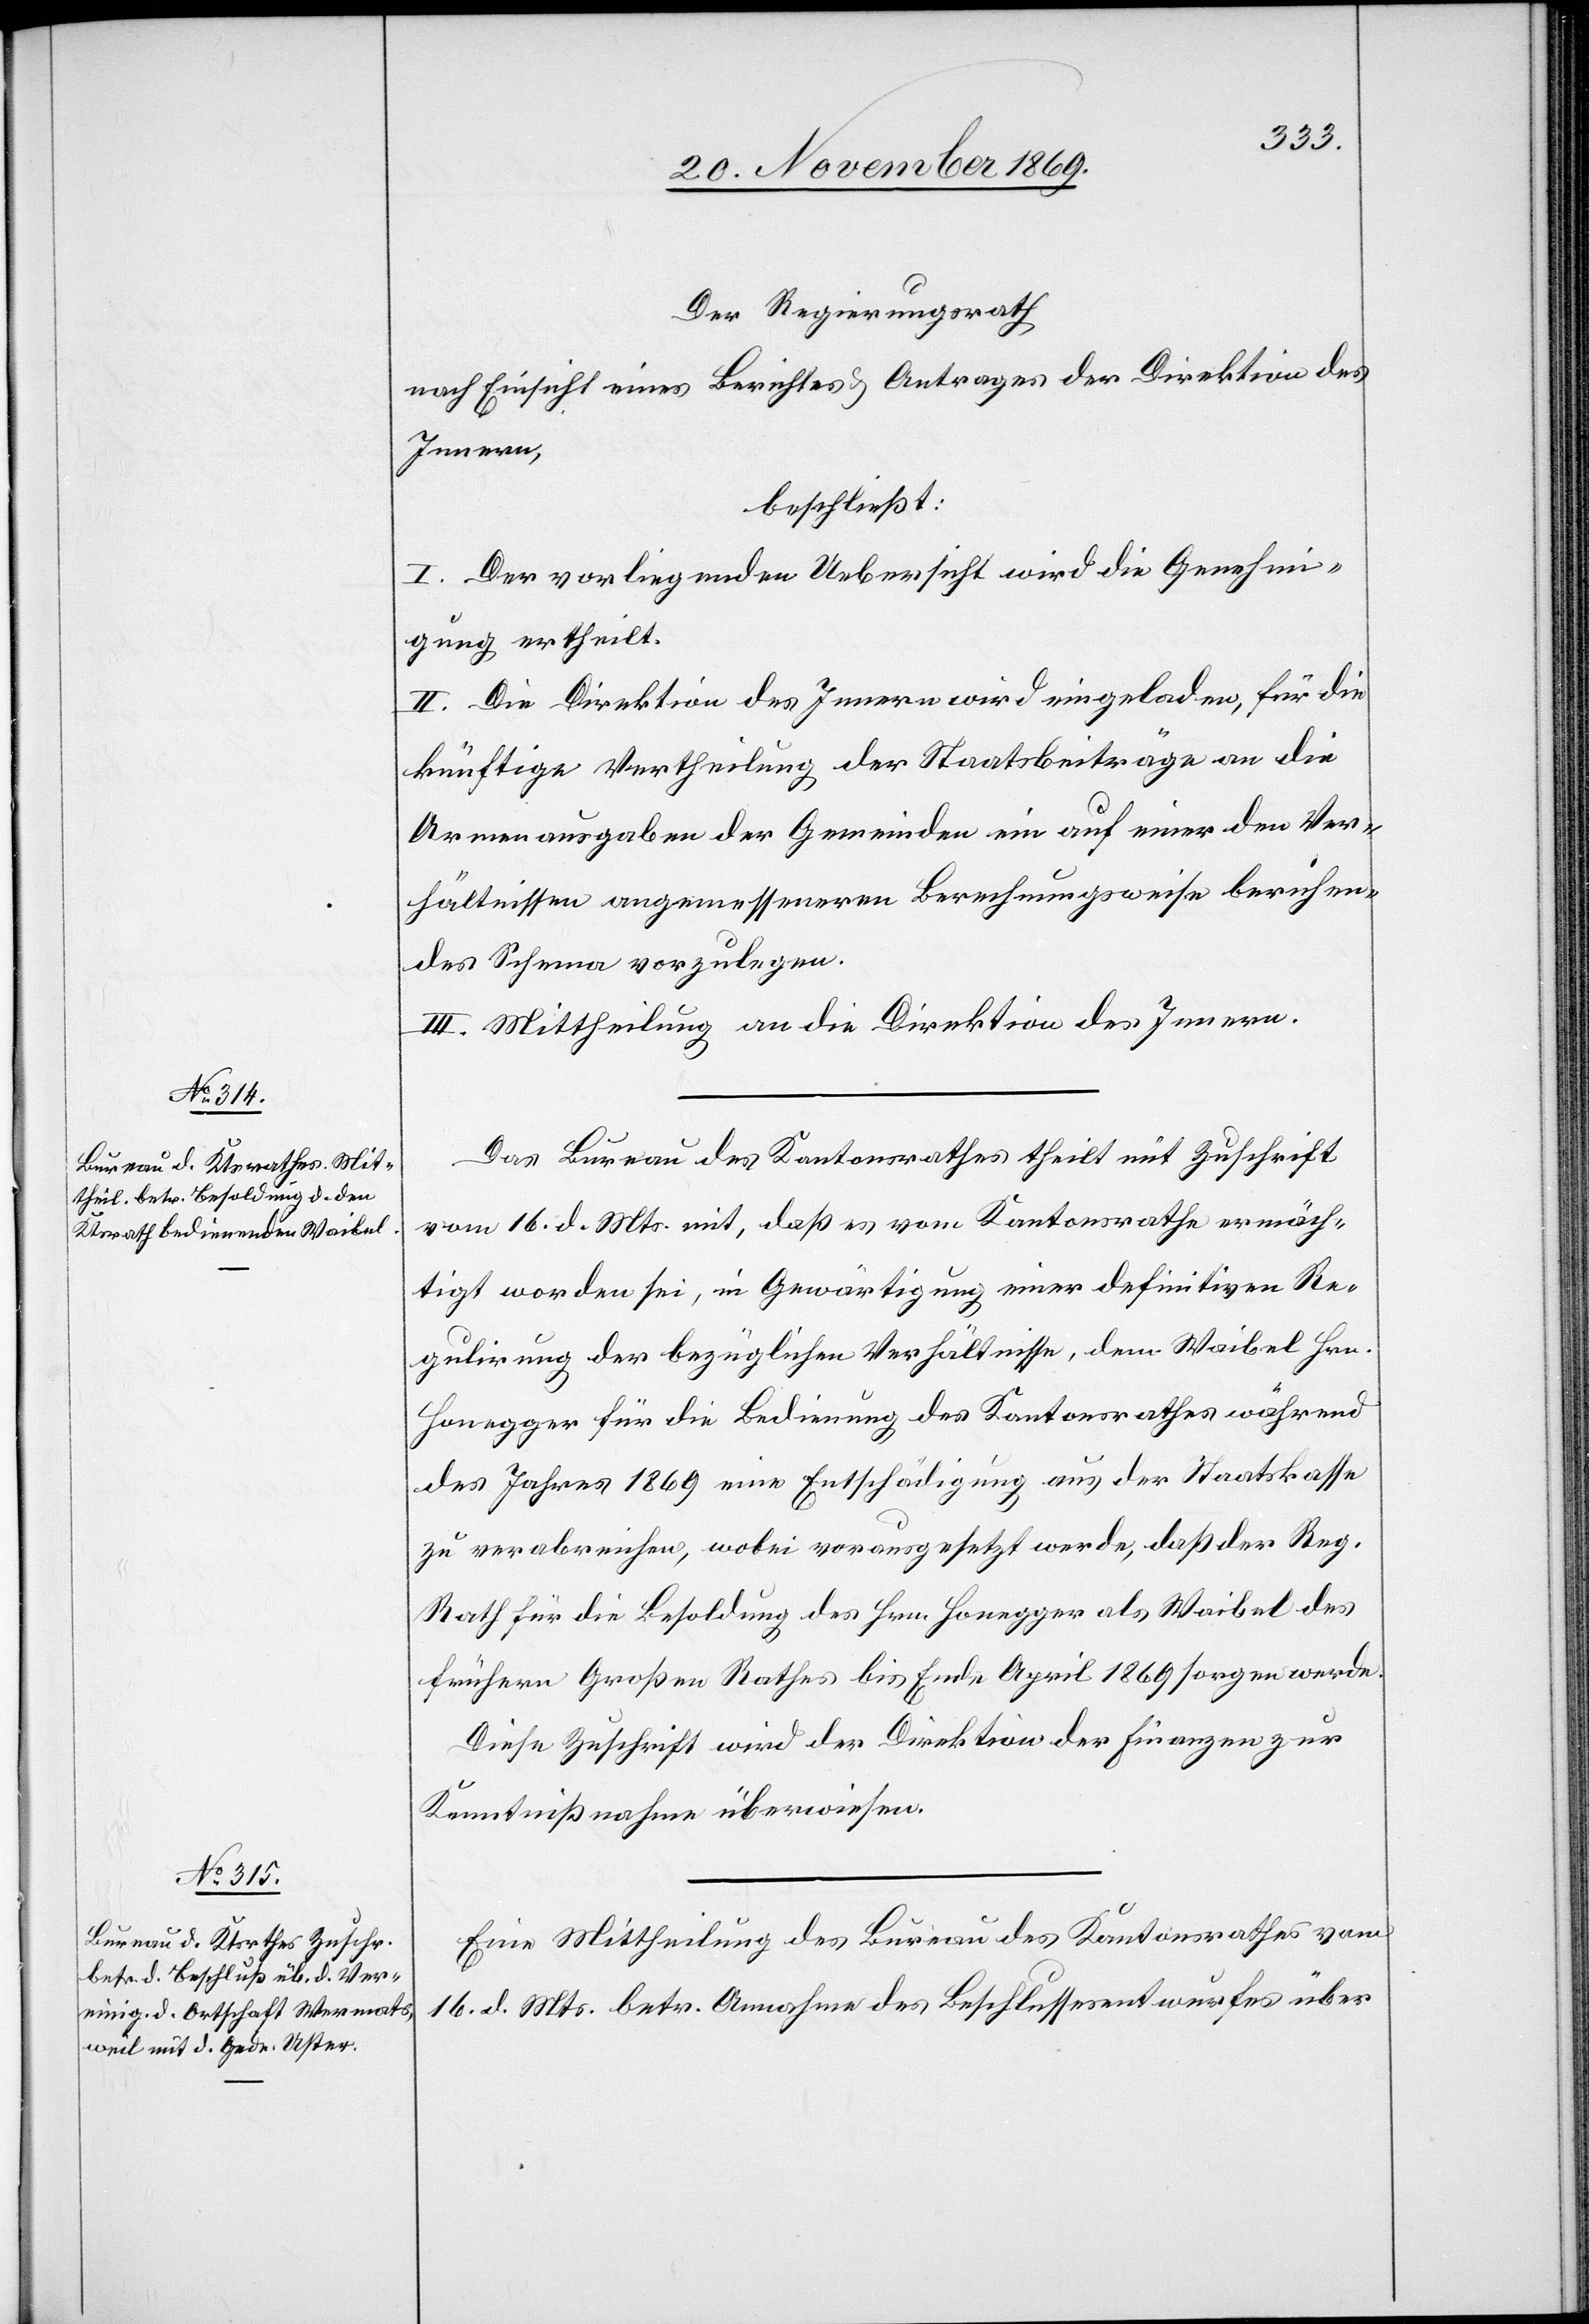
Der Regierungsrath
nach Einsicht eines Berichtes & Antrages der Direktion des
Innern,
beschließt:
I. Der vorliegenden Uebersicht wird die Genehmi¬
gung ertheilt.
II. Die Direktion des Innern wird eingeladen, für die
künftige Vertheilung der Staatsbeiträge an die
Armenausgaben der Gemeinden ein auf einer den Ver¬
hältnissen angemesseneren Berechnungsweise beruhen¬
des Schema vorzulegen.
III. Mittheilung an die Direktion des Innern.
Das Bureau des Kantonsrathes theilt mit Zuschrift
vom 16. d. Mts. mit, daß es vom Kantonsrathe ermäch¬
tigt worden sei, in Gewärtigung einer definitiven Re¬
gulirung der bezüglichen Verhältnisse, dem Waibel Hrn.
Honegger für die Bedienung des Kantonsrathes während
des Jahres 1869 eine Entschädigung aus der Staatskasse
zu verabreichen, wobei vorausgesetzt werde, daß der Reg.
Rath für die Besoldung des Hrn. Honegger als Waibel des
frühern Großen Rathes bis Ende April 1869 sorgen werde.
Diese Zuschrift wird der Direktion der Finanzen zur
Kenntnißnahme überwiesen.
Eine Mittheilung des Bureau des Kantonsrathes vom
16. d. Mts. betr. Annahme des Beschlussesentwurfes über